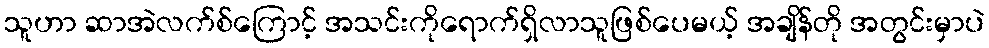
သူဟာ ဆာအဲလက်စ်ကြောင့် အသင်းကိုရောက်ရှိလာသူဖြစ်ပေမယ့် အချိန်တို အတွင်းမှာပဲ